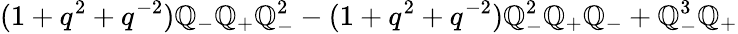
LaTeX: (1+q^{2}+q^{-2})\mathbb{Q}_{-}\mathbb{Q}_{+}\mathbb{Q}_{-}^{2}-(1+q^{2}+q^{-2})\mathbb{Q}_{-}^{2}\mathbb{Q}_{+}\mathbb{Q}_{-}+\mathbb{Q}_{-}^{3}\mathbb{Q}_{+}